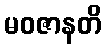
မဝဇာနတိ